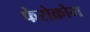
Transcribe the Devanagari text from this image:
फेरोक्रोम